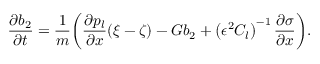
\frac { \partial b _ { 2 } } { \partial t } = \frac { 1 } { m } \bigg ( \frac { \partial p _ { l } } { \partial x } ( \xi - \zeta ) - G b _ { 2 } + \left( \epsilon ^ { 2 } C _ { l } \right) ^ { - 1 } \frac { \partial \sigma } { \partial x } \bigg ) .